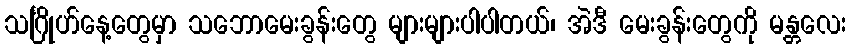
သင်္ဂြိုဟ်နေ့တွေမှာ သဘောမေးခွန်းတွေ များများပါပါတယ်၊ အဲဒီ မေးခွန်းတွေကို မန္တလေး